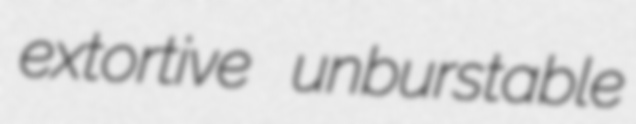
extortive unburstable